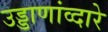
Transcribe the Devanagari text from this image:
उड्डाणांव्दारे